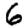
Digit: 6